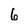
Character: 6